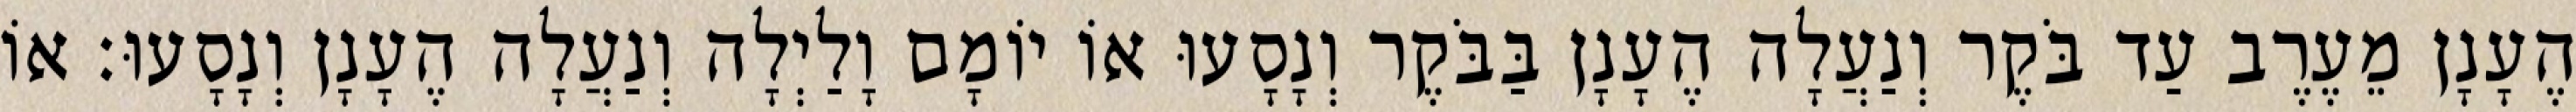
הֶעָנָן מֵעֶרֶב עַד בֹּקֶר וְנַעֲלָה הֶעָנָן בַּבֹּקֶר וְנָסָעוּ אוֹ יוֹמָם וָלַיְלָה וְנַעֲלָה הֶעָנָן וְנָסָעוּ׃ אוֹ